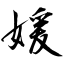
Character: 媛